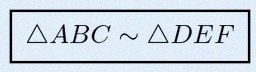
\triangle ABC\sim\triangle DEF